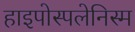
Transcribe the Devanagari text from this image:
हाइपोस्पलेनिस्म